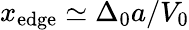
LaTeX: x_{\mathrm{{edge}}}\simeq\Delta_{0}a/V_{0}